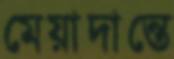
মেয়াদান্তে